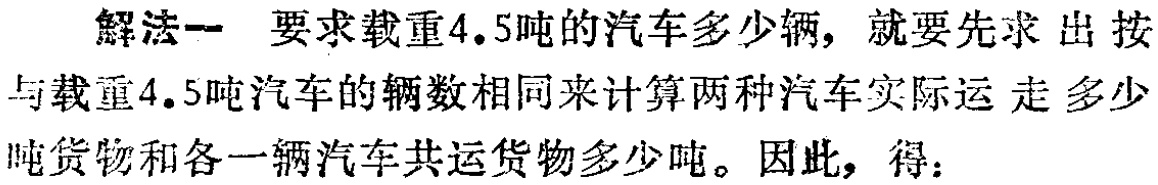
解法一 要求载重4.5吨的汽车多少辆，就要先求出按与载重4.5吨汽车的辆数相同来计算两种汽车实际运走多少吨货物和各一辆汽车共运货物多少吨。因此，得：